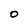
Character: O